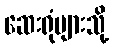
ဆေးရုံများသို့